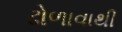
ઢોળાવાથી